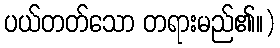
ပယ်တတ်သော တရားမည်၏။)